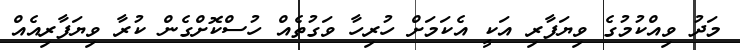
މަދު ވިއްކުމުގެ ވިޔަފާރި އަކީ އެކަމަށް ހުރިހާ ވަގުތެއް ހުސްކޮށްގެން ކުރާ ވިޔަފާރިއެއް